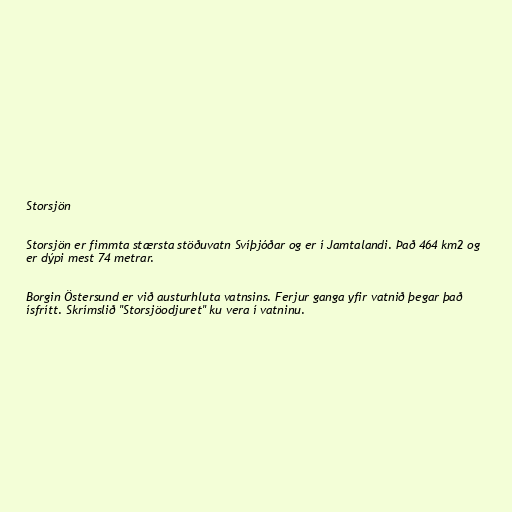
Storsjön

Storsjön er fimmta stærsta stöðuvatn Svíþjóðar og er í Jamtalandi. Það 464 km2 og
er dýpi mest 74 metrar.

Borgin Östersund er við austurhluta vatnsins. Ferjur ganga yfir vatnið þegar það
ísfrítt. Skrímslið "Storsjöodjuret" ku vera í vatninu.